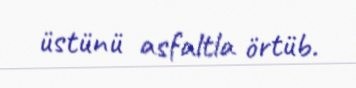
üstünü asfaltla örtüb.